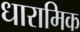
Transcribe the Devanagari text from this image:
धारामिक